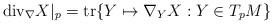
LaTeX: \begin{align*} \mathrm{div}_{\nabla}X|_p = \mathrm{tr}\{Y\mapsto \nabla_YX:Y\in T_pM\}\end{align*}